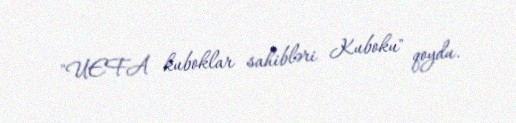
"UEFA kuboklar sahibləri Kuboku" qoydu.